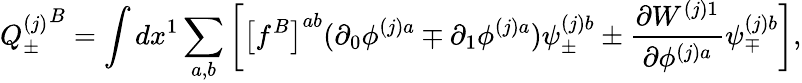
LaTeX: {Q_{\pm}^{(j)}}^{B}=\int dx^{1}\sum_{a,b}\left[\left[f^{B}\right]^{ab}(\partial_{0}\phi^{(j)a}\mp\partial_{1}\phi^{(j)a})\psi_{\pm}^{(j)b}\pm\frac{\partial W^{(j)1}}{\partial\phi^{(j)a}}\psi_{\mp}^{(j)b}\right],